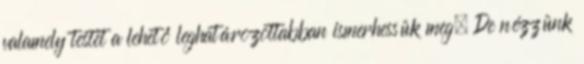
valamely testet a lehető leghatározottabban ismerhessük meg. De nézzünk